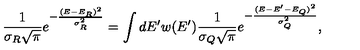
{ \frac { 1 } { \sigma _ { R } \sqrt { \pi } } } e ^ { - { \frac { ( E - E _ { R } ) ^ { 2 } } { \sigma _ { R } ^ { 2 } } } } = \int d E ^ { \prime } w ( E ^ { \prime } ) { \frac { 1 } { \sigma _ { Q } \sqrt { \pi } } } e ^ { - { \frac { ( E - E ^ { \prime } - E _ { Q } ) ^ { 2 } } { \sigma _ { Q } ^ { 2 } } } } ,